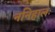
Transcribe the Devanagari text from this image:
ननिहालः